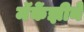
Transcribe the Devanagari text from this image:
मॅकेंझीने